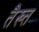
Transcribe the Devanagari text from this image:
तैख्त